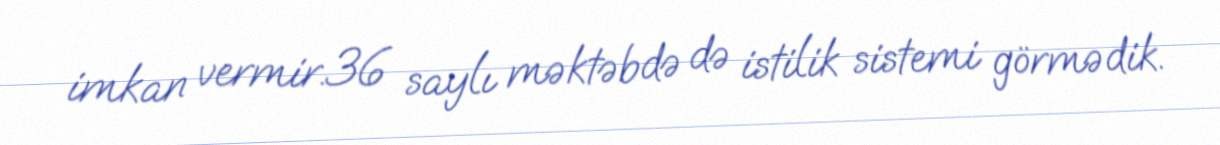
imkan vermir.36 saylı məktəbdə də istilik sistemi görmədik.